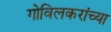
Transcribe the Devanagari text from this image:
गोविलकरांच्या